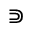
\Supset